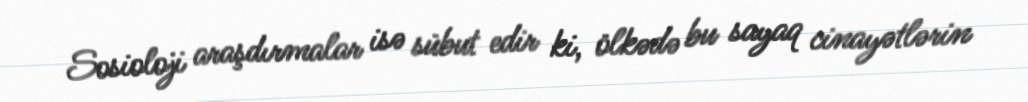
Sosioloji araşdırmalar isə sübut edir ki, ölkədə bu sayaq cinayətlərin